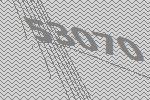
53070